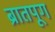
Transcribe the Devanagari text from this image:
ब्रातपूग